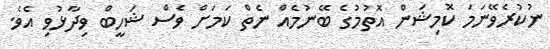
ނުކުރެވޭނަމަ ކޮމިޝަން އޮތުމުގެ ބޭނުމެއް ނެތް ކަމަށް ވެސް ޝަހީބް ވިދާޅުވި އެވެ.